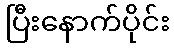
ပြီးနောက်ပိုင်း